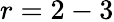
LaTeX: r=2-3